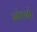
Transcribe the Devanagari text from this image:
खेलने।